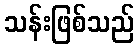
သန်းဖြစ်သည်